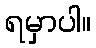
ရမှာပါ။